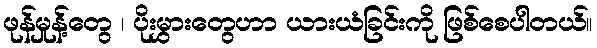
ဖုန်မှုန့်တွေ ၊ ပိုးမွှားတွေဟာ ယားယံခြင်းကို ဖြစ်စေပါတယ်။